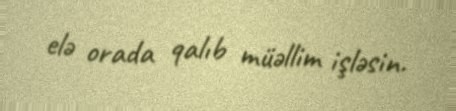
elə orada qalıb müəllim işləsin.